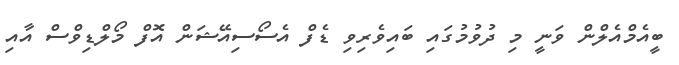
ބީއެމްއެލްން ވަނީ މި ދުވުމުގައި ބައިވެރިވި ޑެފް އެސޯސިއޭޝަން އޮފް މޯލްޑިވްސް އާއި